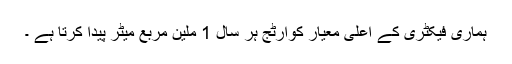
ہماری فیکٹری کے اعلی معیار کوارٹج ہر سال 1 ملین مربع میٹر پیدا کرتا ہے ۔